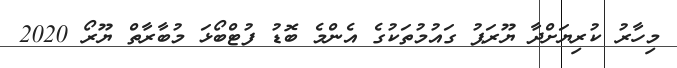
މިހާރު ކުރިޔަށްދާ ޔޫރަޕު ގައުމުތަކުގެ އެންމެ ބޮޑު ފުޓްބޯޅަ މުބާރާތް ޔޫރޯ 2020